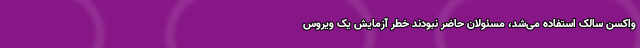
واکسنِ سالک استفاده می‌شد، مسئولان حاضر نبودند خطرِ آزمایشِ یک ویروسِ